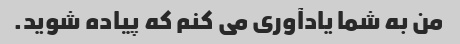
من به شما یادآوری می کنم که پیاده شوید.